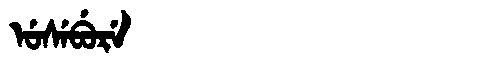
Manchu: ᡠᠰᡝᠪᡠᡵᡝ
Romanization: USEBURE